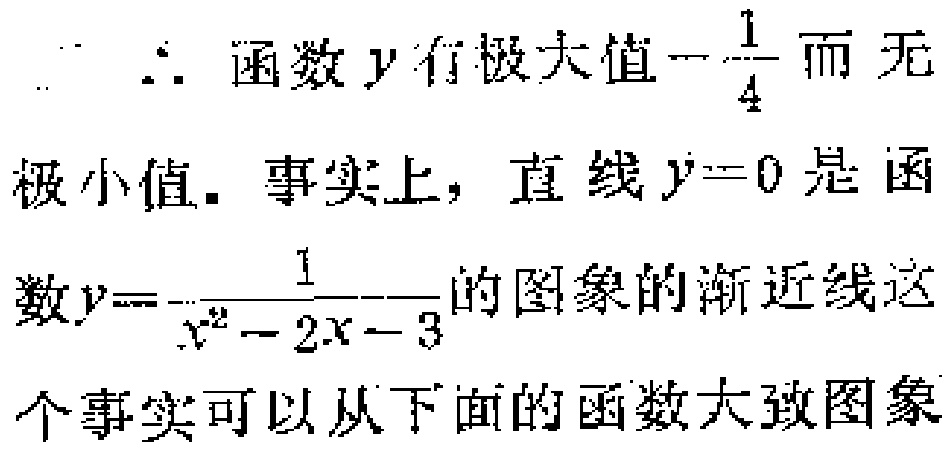
$\therefore$ 函数$y$有极大值$-\frac{1}{4}$而无
极小值. 事实上，直线$y = 0$是函
数$y=-\frac{1}{x^{2}-2x - 3}$的图象的渐近线这
个事实可以从下面的函数大致图象